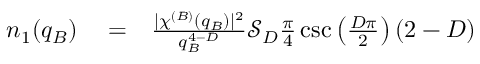
\begin{array} { r l r } { n _ { 1 } ( q _ { B } ) } & { { } = } & { \frac { \lvert \chi ^ { ( B ) } ( q _ { B } ) \rvert ^ { 2 } } { q _ { B } ^ { 4 - D } } \mathcal { S } _ { D } \frac { \pi } { 4 } \csc \left( \frac { D \pi } { 2 } \right) ( 2 - D ) } \end{array}